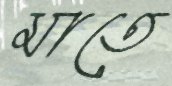
মাতে